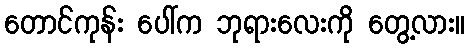
တောင်ကုန်း ပေါ်က ဘုရားလေးကို တွေ့လား။